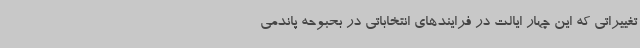
تغییراتی که این چهار ایالت در فرایندهای انتخاباتی در بحبوحه پاندمی